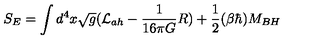
S _ { E } = \int d ^ { 4 } x \sqrt { g } ( { \cal L } _ { a h } - { \frac { 1 } { 1 6 \pi G } } R ) + { \frac { 1 } { 2 } } ( \beta \hbar ) M _ { B H }